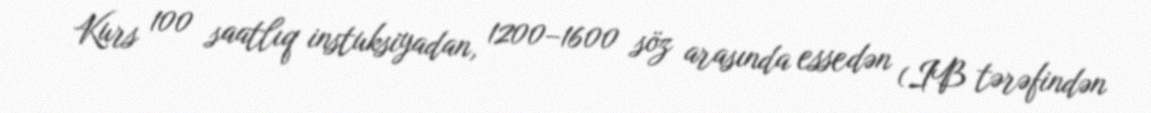
Kurs 100 saatlıq instuksiyadan, 1200–1600 söz arasında essedən (IB tərəfindən